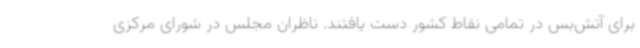
برای آتش‌بس در تمامی نقاط کشور دست یافتند. ناظران مجلس در شورای مرکزی